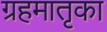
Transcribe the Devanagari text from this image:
ग्रहमातृका